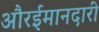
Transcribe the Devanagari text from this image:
औरईमानदारी